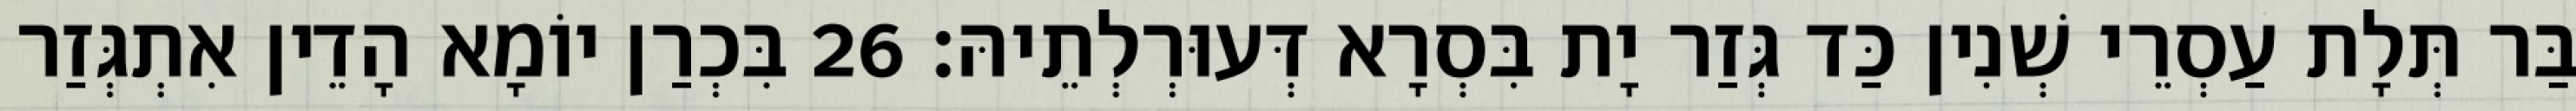
בַּר תְּלָת עַסְרֵי שְׁנִין כַּד גְּזַר יָת בִּסְרָא דְּעוּרְלְתֵיהּ׃ 26 בִּכְרַן יוֹמָא הָדֵין אִתְגְּזַר